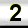
Digit: 2